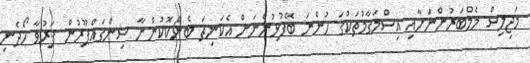
މަޖިލިސް މެމްބަރުންނަށާއި އިސްމަގާމުތަކުގަ ހުންނަ ބޭފުޅުންނަށް އެކަނިތަ ބެންކޮކުންނާ ސިންގައްޕޫރުން ފަރުވާ ހޯދެނި